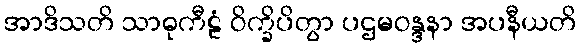
အာဒိသတိ သာဓုကီဠံ ဝိက္ခိပိတွာ ပဌမဝန္ဒနာ အပနီယတိ